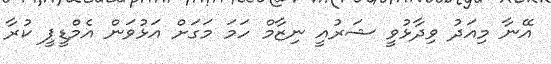
އޭނާ މިއަދު ވިދާޅުވީ ޝަރުއީ ނިޒާމް ހަމަ މަގަށް އަޅުވަން އެމްޑީޕީ ކުރާ